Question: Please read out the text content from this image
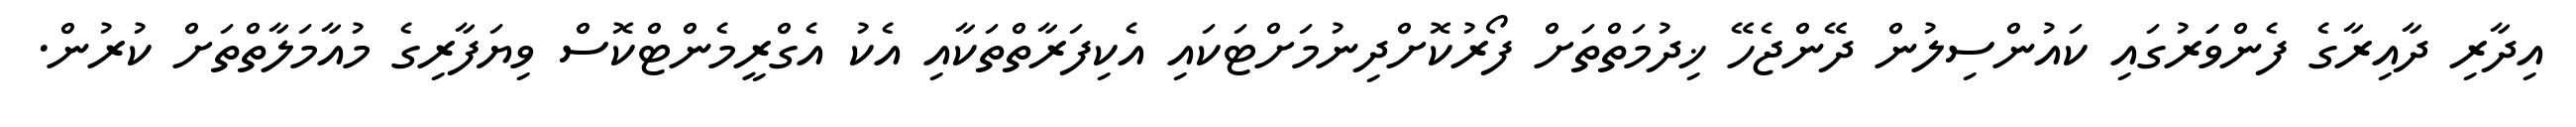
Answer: އިދާރި ދާއިރާގެ ފެންވަަރުގައި ކައުންސިލުން ދޭންޖެހޭ ޚިދުމަތްތަށް ފޯރުކޮށްދިނުމަށްޓަކައި އެކިފަރާތްތަކާއި އެކު އެގްރީމެންޓްކޮސް ވިޔަފާރިގެ މުއާމަލާތްތަށް ކުރުން.